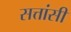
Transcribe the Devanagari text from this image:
सत्तांसी